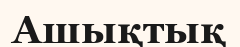
Ашықтық